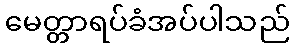
မေတ္တာရပ်ခံအပ်ပါသည်